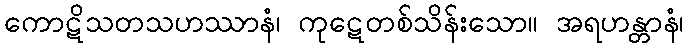
ကောဋိသတသဟဿာနံ၊ ကုဋေတစ်သိန်းသော။ အရဟန္တာနံ၊